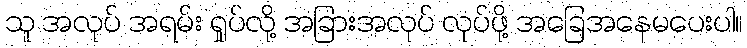
သူ အလုပ် အရမ်း ရှုပ်လို့ အခြားအလုပ် လုပ်ဖို့ အခြေအနေမပေးပါ။